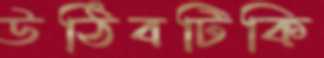
উঠিবটিকি